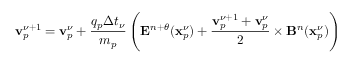
\displaystyle \mathbf { v } _ { p } ^ { \nu + 1 } = \mathbf { v } _ { p } ^ { \nu } + \frac { q _ { p } \Delta t _ { \nu } } { m _ { p } } \left( \mathbf { E } ^ { n + \theta } ( \mathbf { x } _ { p } ^ { \nu } ) + \frac { \mathbf { v } _ { p } ^ { \nu + 1 } + \mathbf { v } _ { p } ^ { \nu } } { 2 } \times \mathbf { B } ^ { n } ( \mathbf { x } _ { p } ^ { \nu } ) \right)